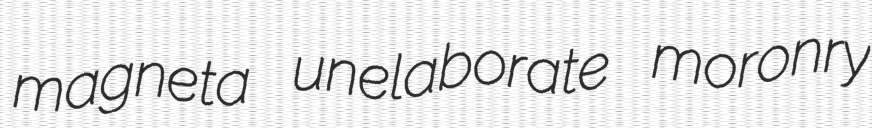
magneta unelaborate moronry